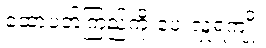
ထောပတ်ကြည်ကို ပေးလှူရကျိုး